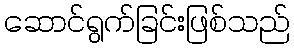
ဆောင်ရွက်ခြင်းဖြစ်သည်